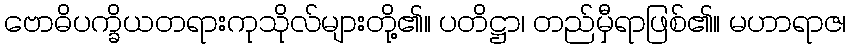
ဗောဓိပက္ခိယတရားကုသိုလ်များတို့၏။ ပတိဋ္ဌာ၊ တည်မှီရာဖြစ်၏။ မဟာရာဇ၊